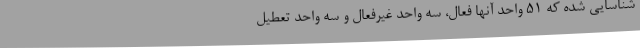
شناسایی شده که 51 واحد آنها فعال، سه واحد غیرفعال و سه واحد تعطیل